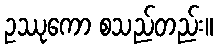
ဥဿုကော စသည်တည်း။